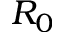
R _ { 0 }